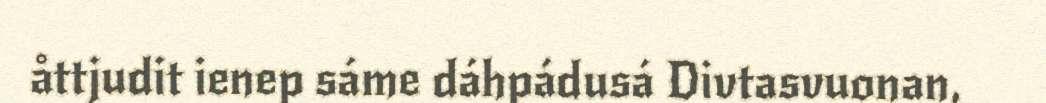
åttjudit ienep sáme dáhpádusá Divtasvuonan,